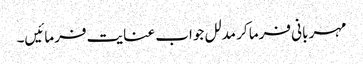
مہر بانی فرما کر مدلل جواب عنایت فرمائیں۔